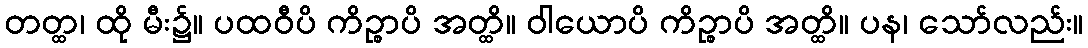
တတ္ထ၊ ထို မီး၌။ ပထဝီပိ ကိဉ္စာပိ အတ္ထိ။ ဝါယောပိ ကိဉ္စာပိ အတ္ထိ။ ပန၊ သော်လည်း။